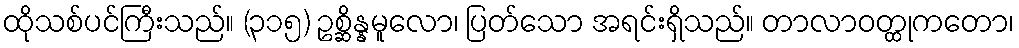
ထိုသစ်ပင်ကြီးသည်။ (၃၁၅) ဥစ္ဆိန္နမူလော၊ ပြတ်သော အရင်းရှိသည်။ တာလာဝတ္ထုကတော၊